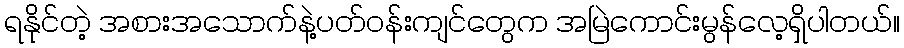
ရနိုင်တဲ့ အစားအသောက်နဲ့ပတ်ဝန်းကျင်တွေက အမြဲကောင်းမွန်လေ့ရှိပါတယ်။